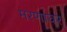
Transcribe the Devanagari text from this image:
मरणावर